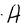
Character: A